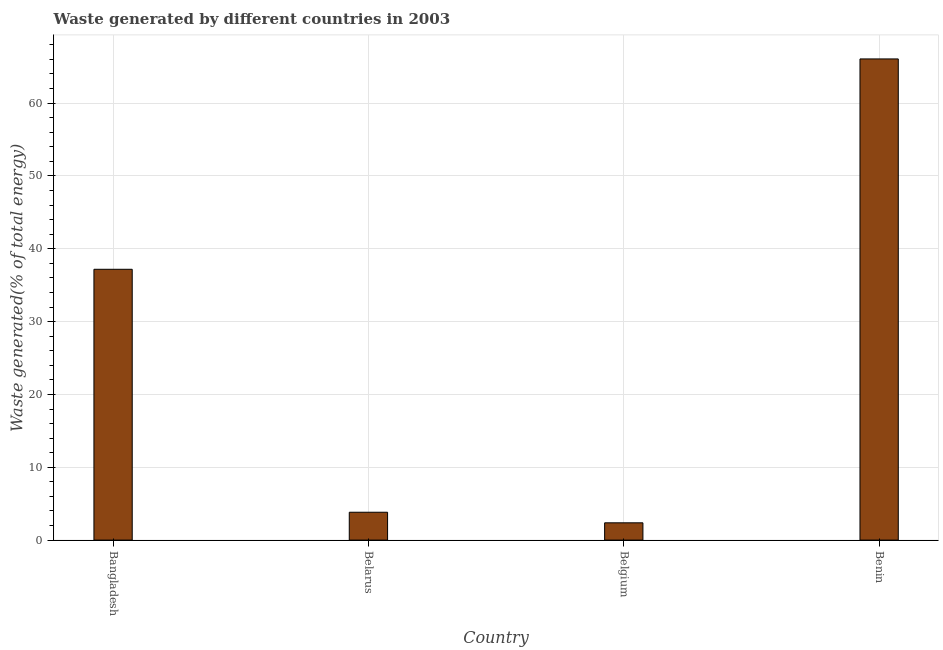
| Country | Combustible renewables and waste (% of total energy) |
 | --- | --- |
 | Bangladesh | 37.2 |
 | Belarus | 3.83 |
 | Belgium | 2.37 |
 | Benin | 66.1 |